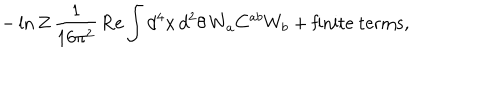
- \ln Z \, \frac { 1 } { 1 6 \pi ^ { 2 } } \, \mathrm { R e } \int d ^ { 4 } x \, d ^ { 2 } \theta \, W _ { a } C ^ { a b } W _ { b } + \mathrm { f i n i t e ~ t e r m s } ,